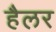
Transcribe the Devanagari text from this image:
हैलर